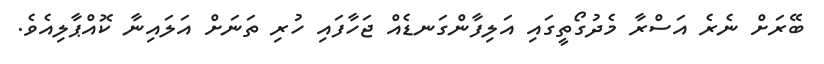
ބޭރަށް ނެރެ އަސްރާ މެދުގޯތީގައި އަލިފާންގަނޑެއް ޖަހާފައި ހުރި ތަނަށް އަލައިނާ ކޮއްޕާލިއެވެ.